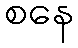
စနေ